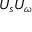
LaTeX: U _ { s } U _ { \omega }